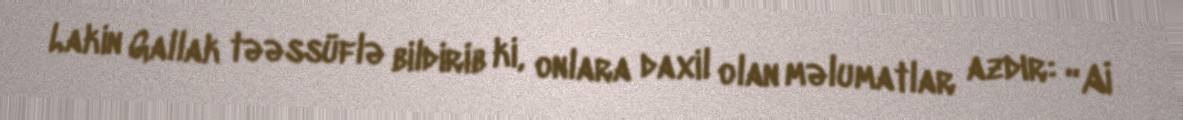
Lakin Gallak təəssüflə bildirib ki, onlara daxil olan məlumatlar azdır: “Aİ